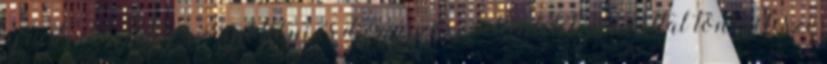
újrastrukturálja az apollóni és dionüszoszi ellentétét, és ezáltal tönkreteszi